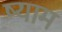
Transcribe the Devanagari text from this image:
ष्याम